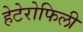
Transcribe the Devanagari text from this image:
हेटेरोफिली